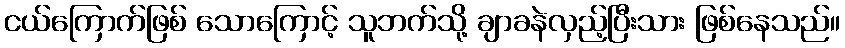
ငယ်ကြောက်ဖြစ် သောကြောင့် သူဘက်သို့ ချာခနဲလှည့်ပြီးသား ဖြစ်နေသည်။